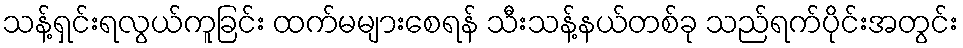
သန့်ရှင်းရလွယ်ကူခြင်း ထက်မများစေရန် သီးသန့်နယ်တစ်ခု သည်ရက်ပိုင်းအတွင်း